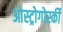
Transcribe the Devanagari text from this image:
ओस्ट्रोगोर्स्की